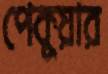
পেকুয়ার